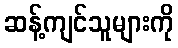
ဆန့်ကျင်သူများကို